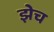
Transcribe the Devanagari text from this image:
झेच